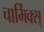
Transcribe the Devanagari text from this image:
चार्मिक्स्